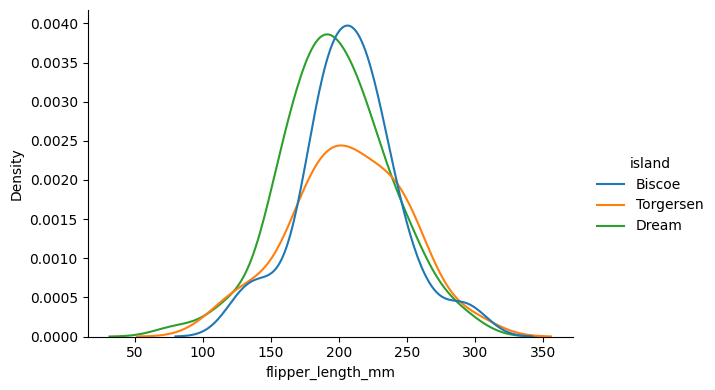
python, seaborn, displot, kind='kde', column='flipper_length_mm', hue='island', height=4, aspect=1.5